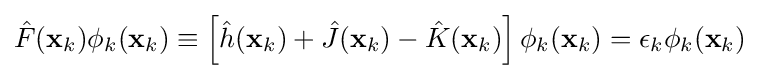
{\hat {F}}(\mathbf {x} _{k})\phi _{k}(\mathbf {x} _{k})\equiv \left[{\hat {h}}(\mathbf {x} _{k})+{\hat {J}}(\mathbf {x} _{k})-{\hat {K}}(\mathbf {x} _{k})\right]\phi _{k}(\mathbf {x} _{k})=\epsilon _{k}\phi _{k}(\mathbf {x} _{k})